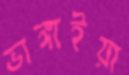
ভাঙ্গাইয়া